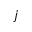
j